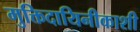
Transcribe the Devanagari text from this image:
मुक्तिदायिनीकाशी